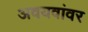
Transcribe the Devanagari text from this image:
अवयवांवर